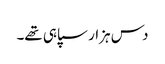
دس ہزار سپاہی تھے۔